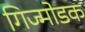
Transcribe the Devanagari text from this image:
गिज्मोडक